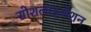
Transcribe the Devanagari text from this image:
सोशलाइजेशन